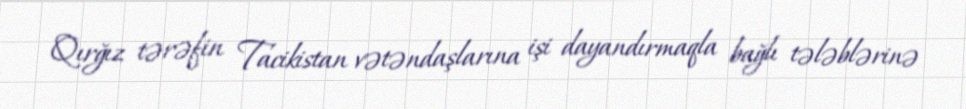
Qırğız tərəfin Tacikistan vətəndaşlarına işi dayandırmaqla bağlı tələblərinə